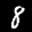
Label: 8